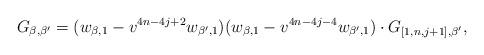
LaTeX: \begin{align*} G_{\beta,\beta'}=(w_{\beta,1}-v^{4n-4j+2}w_{\beta',1})(w_{\beta,1}-v^{4n-4j-4}w_{\beta',1})\cdot G_{[1,n,j+1],\beta'},\end{align*}